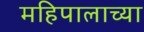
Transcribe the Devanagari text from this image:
महिपालाच्या